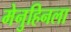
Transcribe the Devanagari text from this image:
मेनुहिनला